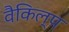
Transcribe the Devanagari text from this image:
वैकिल्प